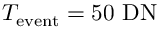
{ T _ { \mathrm { e v e n t } } = 5 0 \ \mathrm { { D N } } }